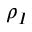
\rho _ { I }